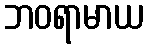
ဘဝရာမာယ